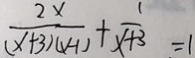
\frac { 2 x } { ( x + 3 ) ( y - 1 ) } + \frac { 1 } { x + 3 } = 1